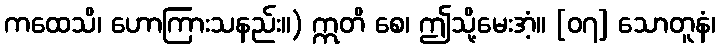
ကထေသိ၊ ဟောကြားသနည်း။) ဣတိ စေ၊ ဤသို့မေးအံ့။ [၀၇] သောတူနံ၊